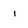
Character: l